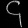
Digit: ၄